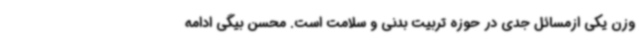
وزن یکی ازمسائل جدی در حوزه تربیت بدنی و سلامت است. محسن بیگی ادامه